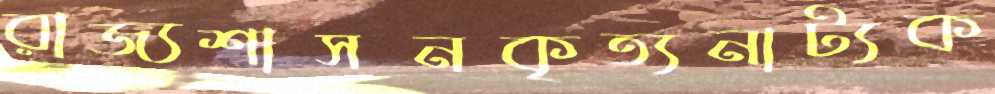
রাজ্যশাসনকৃত্যনাট্যক